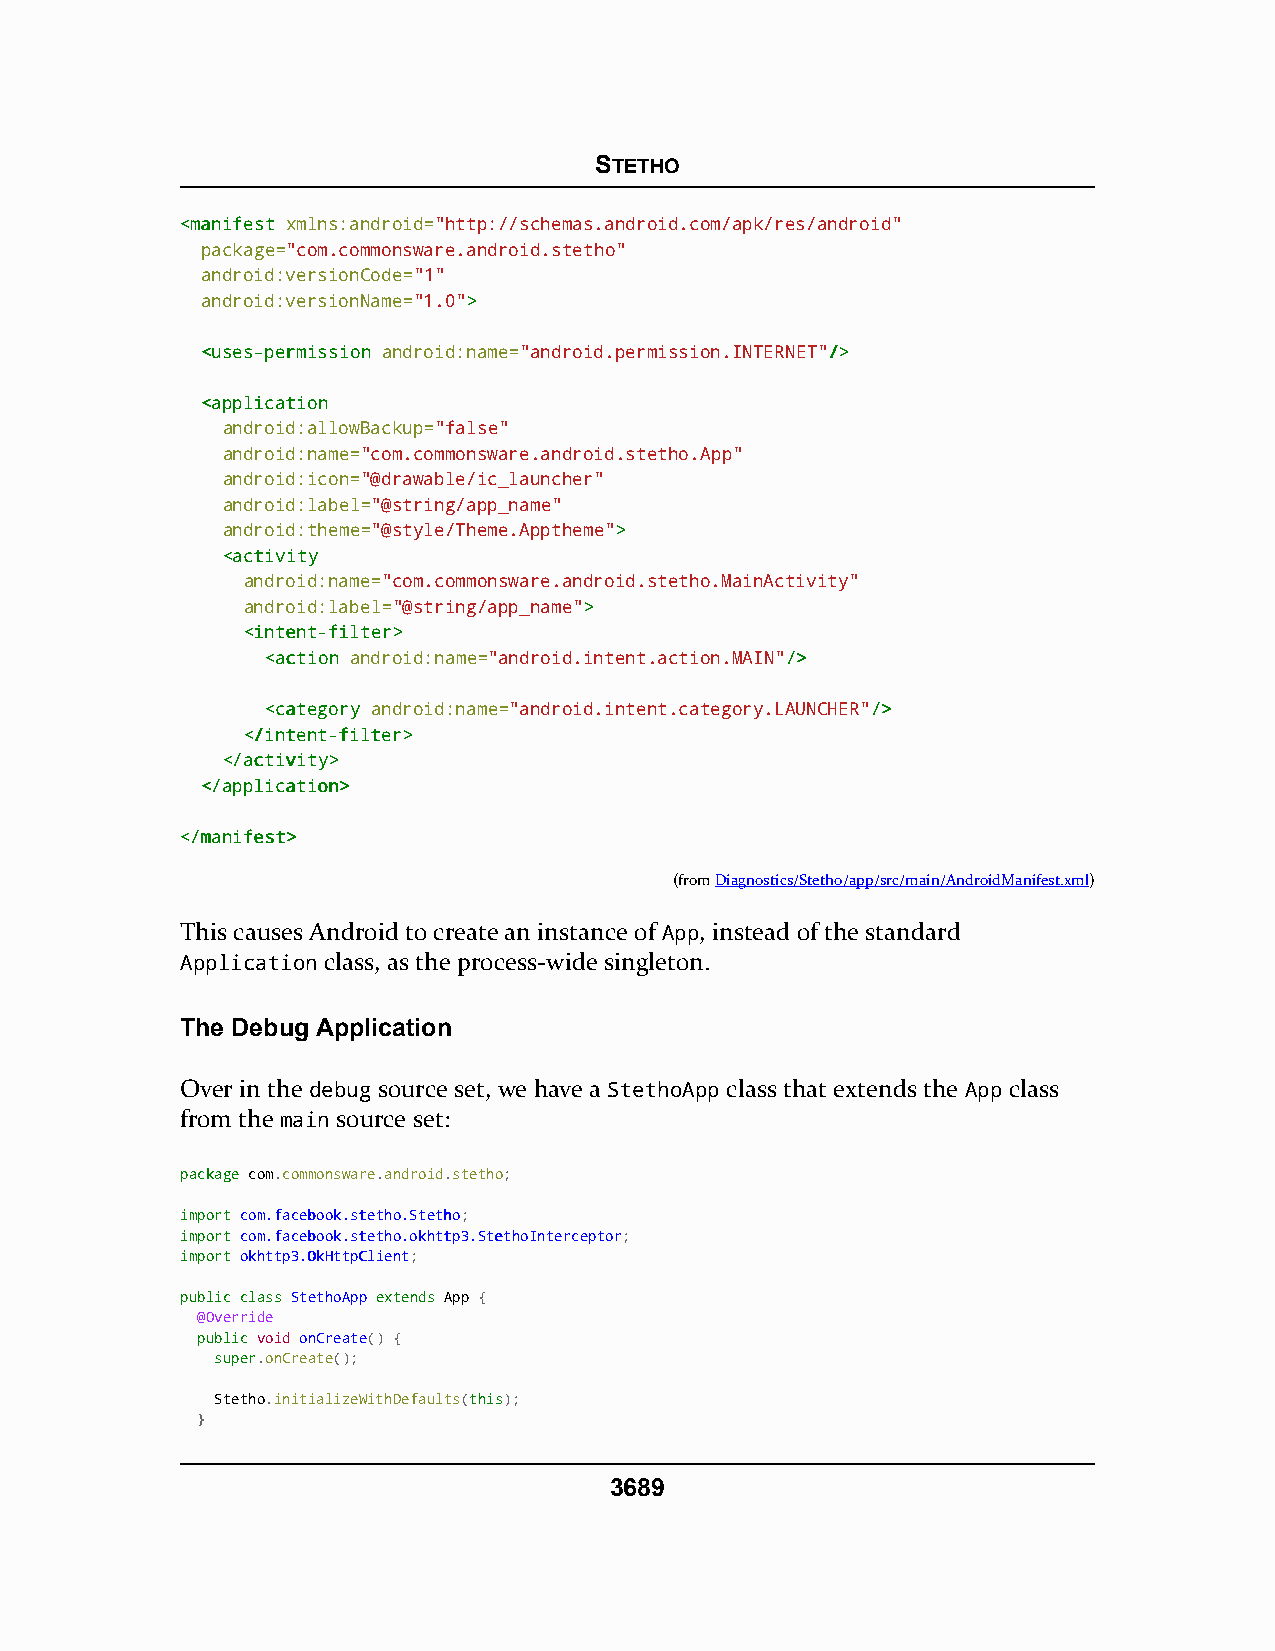
STETHO
 <<mmaanniiffeesstt xmlns:android="http://schemas.android.com/apk/res/android"
 package="com.commonsware.android.stetho"
 android:versionCode="1"
 android:versionName="1.0">>
 <<uusseess--ppeerrmmiissssiioonn android:name="android.permission.INTERNET"//>>
 <<aapppplliiccaattiioonn
 android:allowBackup="false"
 android:name="com.commonsware.android.stetho.App"
 android:icon="@drawable/ic_launcher"
 android:label="@string/app_name"
 android:theme="@style/Theme.Apptheme">>
 <<aaccttiivviittyy
 android:name="com.commonsware.android.stetho.MainActivity"
 android:label="@string/app_name">>
 <<iinntteenntt--ffiilltteerr>>
 <<aaccttiioonn android:name="android.intent.action.MAIN"//>>
 <<ccaatteeggoorryy android:name="android.intent.category.LAUNCHER"//>>
 <<//iinntteenntt--ffiilltteerr>>
 <<//aaccttiivviittyy>>
 <<//aapppplliiccaattiioonn>>
 <<//mmaanniiffeesstt>>
 (fromDiagnostics/Stetho/app/src/main/AndroidManifest.xml)
 This causes Android to create an instance of App, instead of the standard
 Application class, as the process-wide singleton.
 The Debug Application
 Over in the debug source set, we have a StethoApp class that extends the App class
 from the main source set:
 ppaacckkaaggee com.commonsware.android.stetho;
 iimmppoorrtt ccoomm..ffaacceebbooookk..sstteetthhoo..SStteetthhoo;
 iimmppoorrtt ccoomm..ffaacceebbooookk..sstteetthhoo..ookkhhttttpp33..SStteetthhooIInntteerrcceeppttoorr;
 iimmppoorrtt ookkhhttttpp33..OOkkHHttttppCClliieenntt;
 ppuubblliicc ccllaassss SStteetthhooAApppp eexxtteennddss App {
 @Override
 ppuubblliicc void onCreate() {
 ssuuppeerr.onCreate();
 Stetho.initializeWithDefaults(tthhiiss);
 }
 3689